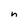
Character: n